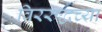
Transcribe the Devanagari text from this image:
विररुद्धच्या